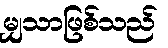
မျှသာဖြစ်သည်